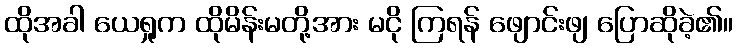
ထိုအခါ ယေရှုက ထိုမိန်းမတို့အား မငို ကြရန် ဖျောင်းဖျ ပြောဆိုခဲ့၏။